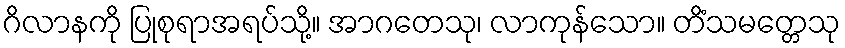
ဂိလာနကို ပြုစုရာအရပ်သို့။ အာဂတေသု၊ လာကုန်သော။ တိံသမတ္တေသု